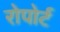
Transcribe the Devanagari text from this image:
रोपोर्ट